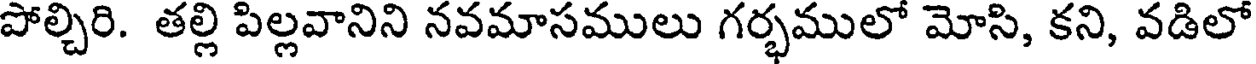
పోల్చిరి. తల్లి పిల్లవానిని నవమాసములు గర్భములో మోసి, కని, వడిలో